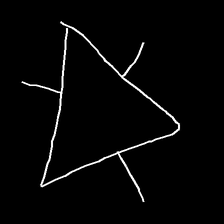
Glyph: fire